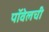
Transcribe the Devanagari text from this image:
पॉवेलची